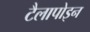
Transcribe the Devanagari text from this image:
टैलापोइन